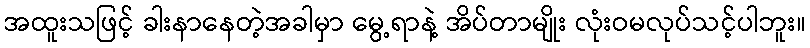
အထူးသဖြင့် ခါးနာနေတဲ့အခါမှာ မွေ့ရာနဲ့ အိပ်တာမျိုး လုံးဝမလုပ်သင့်ပါဘူး။